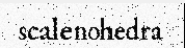
scalenohedra